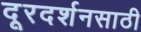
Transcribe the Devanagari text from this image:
दूरदर्शनसाठी